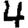
Digit: 4